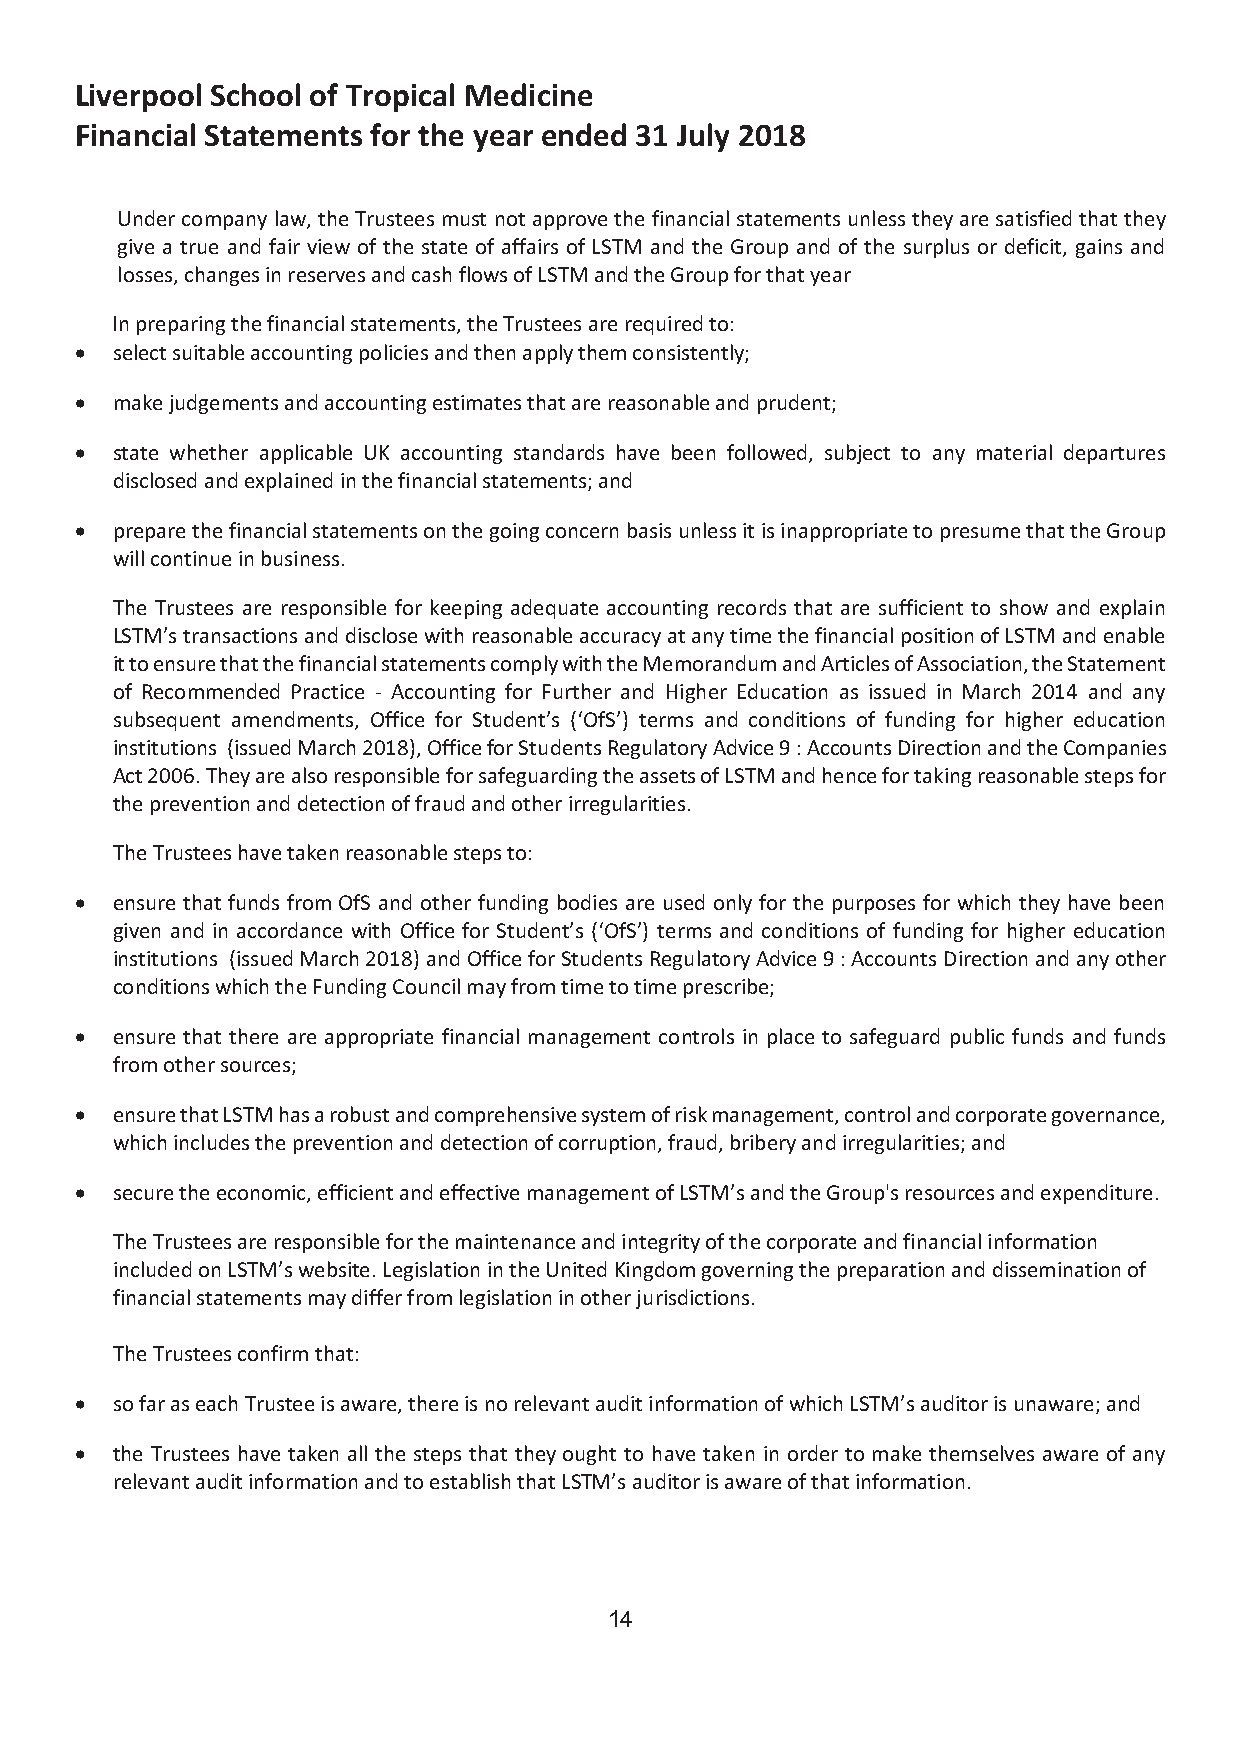
Liverpool School of Tropical Medicine
 Financial Statements for the year ended 31 July 2018
 Under company law, the Trustees must not approve the financial statements unless they are satisfied that they
 give a true and fair view of the state of affairs of LSTM and the Group and of the surplus or deficit, gains and
 losses, changes in reserves and cash flows of LSTM and the Group for that year
 In preparing the financial statements, the Trustees are required to:
 (cid:2) select suitable accounting policies and then apply them consistently;
 (cid:2) make judgements and accounting estimates that are reasonable and prudent;
 (cid:2) state whether applicable UK accounting standards have been followed, subject to any material departures
 disclosed and explained in the financial statements; and
 (cid:2) prepare the financial statements on the going concern basis unless it is inappropriate to presume that the Group
 will continue in business.
 The Trustees are responsible for keeping adequate accounting records that are sufficient to show and explain
 LSTM’s transactions and disclose with reasonable accuracy at any time the financial position of LSTM and enable
 it to ensure that the financial statements comply with the Memorandum and Articles of Association, the Statement
 of Recommended Practice - Accounting for Further and Higher Education as issued in March 2014 and any
 subsequent amendments, Office for Student’s (‘OfS’) terms and conditions of funding for higher education
 institutions (issued March 2018), Office for Students Regulatory Advice 9 : Accounts Direction and the Companies
 Act 2006. They are also responsible for safeguarding the assets of LSTM and hence for taking reasonable steps for
 the prevention and detection of fraud and other irregularities.
 The Trustees have taken reasonable steps to:
 (cid:2) ensure that funds from OfS and other funding bodies are used only for the purposes for which they have been
 given and in accordance with Office for Student’s (‘OfS’) terms and conditions of funding for higher education
 institutions (issued March 2018) and Office for Students Regulatory Advice 9 : Accounts Direction and any other
 conditions which the Funding Council may from time to time prescribe;
 (cid:2) ensure that there are appropriate financial management controls in place to safeguard public funds and funds
 from other sources;
 (cid:2) ensure that LSTM has a robust and comprehensive system of risk management, control and corporate governance,
 which includes the prevention and detection of corruption, fraud, bribery and irregularities; and
 (cid:2) secure the economic, efficient and effective management of LSTM’s and the Group's resources and expenditure.
 The Trustees are responsible for the maintenance and integrity of the corporate and financial information
 included on LSTM’s website. Legislation in the United Kingdom governing the preparation and dissemination of
 financial statements may differ from legislation in other jurisdictions.
 The Trustees confirm that:
 (cid:2) so far as each Trustee is aware, there is no relevant audit information of which LSTM’s auditor is unaware; and
 (cid:2) the Trustees have taken all the steps that they ought to have taken in order to make themselves aware of any
 relevant audit information and to establish that LSTM’s auditor is aware of that information.
 14